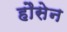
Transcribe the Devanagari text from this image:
हौसेन